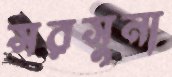
সরসুনা